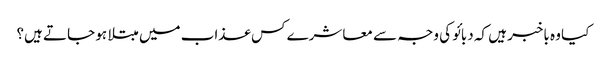
کیا وہ باخبر ہیں کہ دبائو کی وجہ سے معاشرے کس عذاب میں مبتلا ہو جاتے ہیں؟